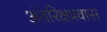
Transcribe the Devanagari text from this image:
अंतरिक्षप्रवास